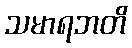
သမာရဘတိ